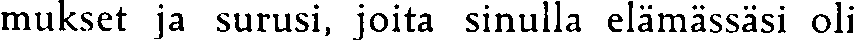
mukset ja surusi, joita sinulla elämässäsi oli